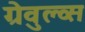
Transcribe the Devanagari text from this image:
ग्रेवुल्व्स